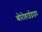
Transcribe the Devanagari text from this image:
बोरोहाईड्राइड